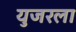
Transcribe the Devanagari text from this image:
युजरला